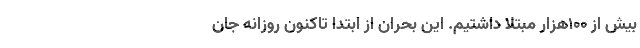
بیش از 100هزار مبتلا داشتیم. این بحران از ابتدا تاکنون روزانه جان